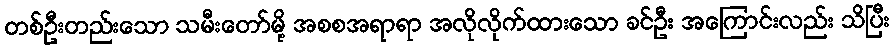
တစ်ဦးတည်းသော သမီးတော်မို့ အစစအရာရာ အလိုလိုက်ထားသော ခင်ဦး အကြောင်းလည်း သိပြီး